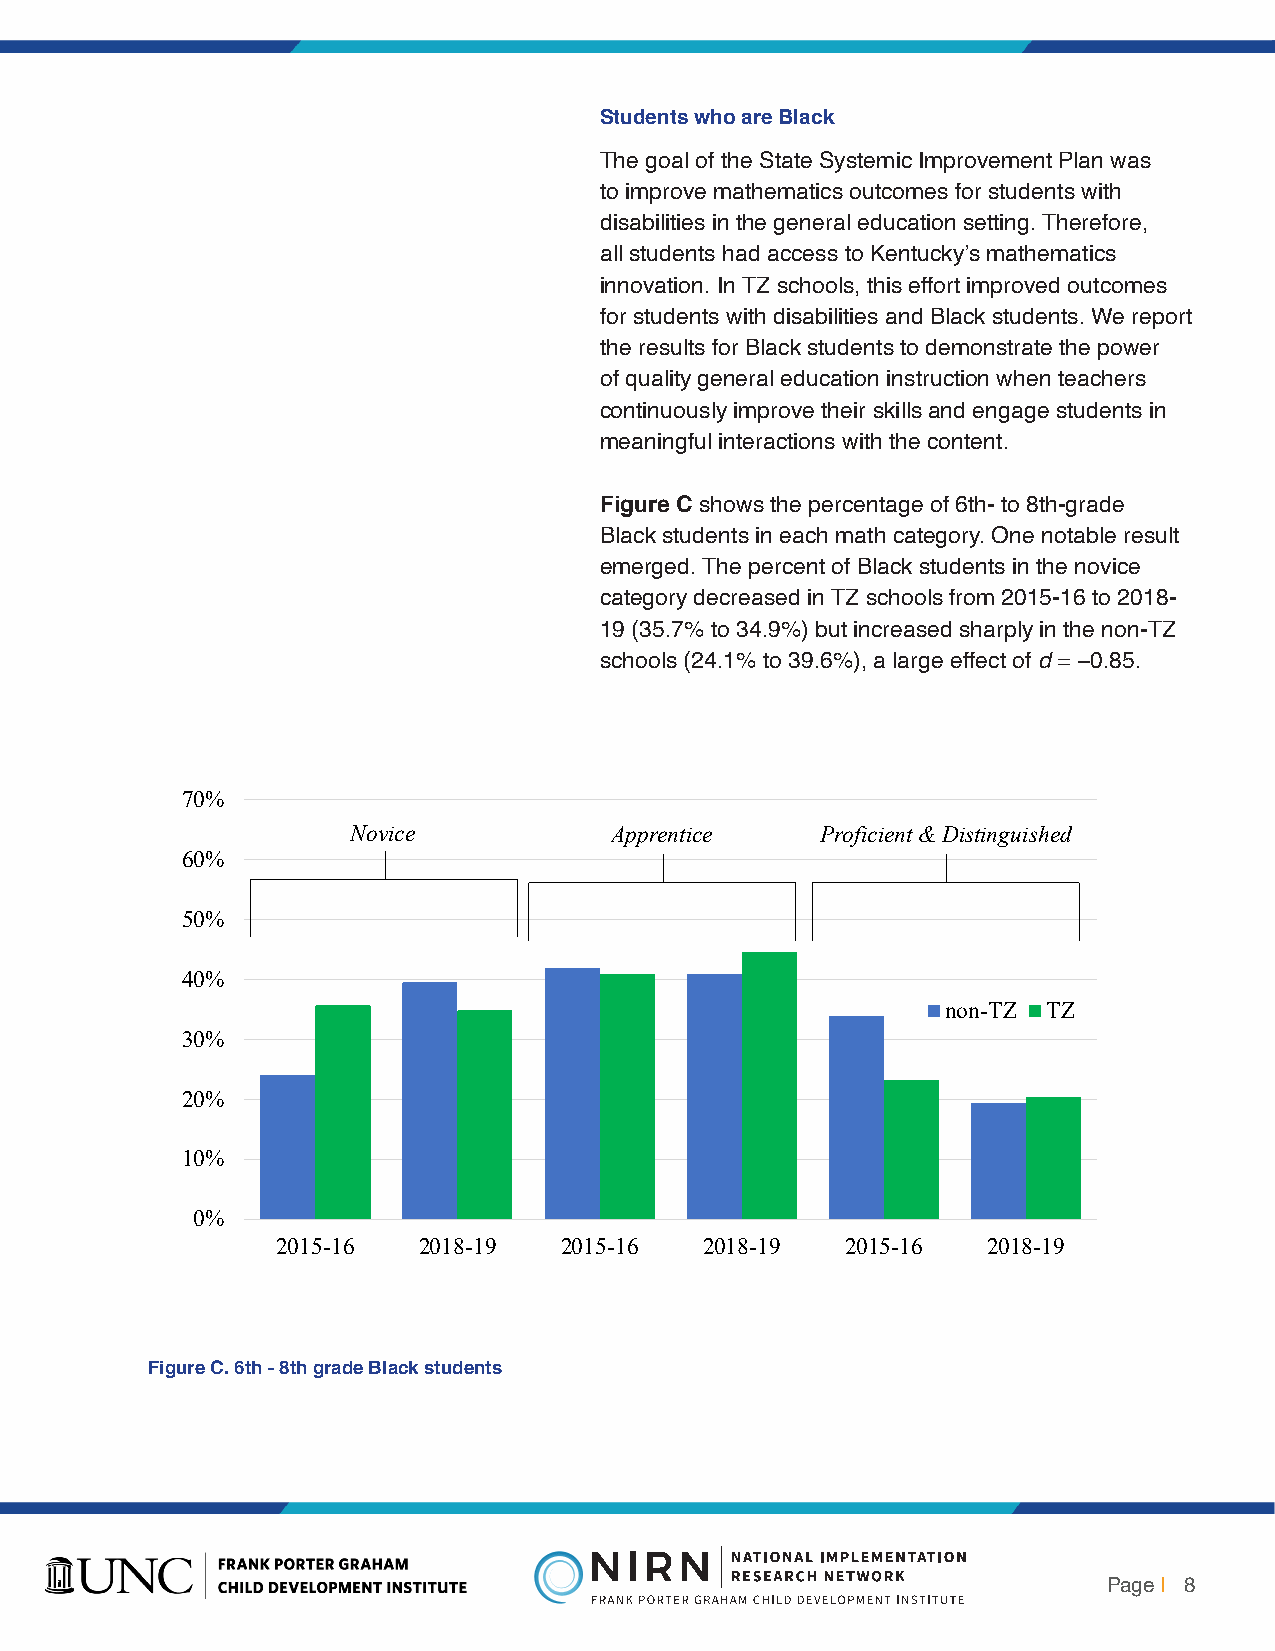
Students who are Black
 The goal of the State Systemic Improvement Plan was
 to improve mathematics outcomes for students with
 disabilities in the general education setting. Therefore,
 all students had access to Kentucky’s mathematics
 innovation. In TZ schools, this effort improved outcomes
 for students with disabilities and Black students. We report
 the results for Black students to demonstrate the power
 of quality general education instruction when teachers
 continuously improve their skills and engage students in
 meaningful interactions with the content.
 Figure C shows the percentage of 6th- to 8th-grade
 Black students in each math category. One notable result
 emerged. The percent of Black students in the novice
 category decreased in TZ schools from 2015-16 to 2018-
 19 (35.7% to 34.9%) but increased sharply in the non-TZ
 schools (24.1% to 39.6%), a large effect of d = −0.85.
 70%
 Novice           Apprentice    Proficient & Distinguished
 60%
 50%
 40%
 non-TZ TZ
 30%
 20%
 10%
 0%
 2015-16   2018-19  2015-16   2018-19  2015-16  2018-19
 Figure C. 6th–8thgrade Black students.
 Figure C. 6th - 8th grade Black students
 Page | 8